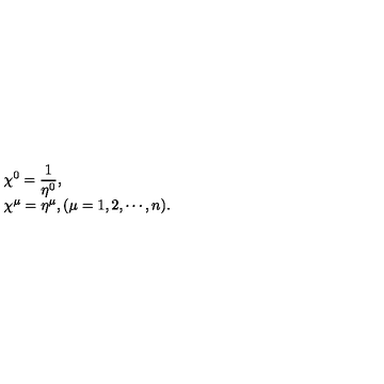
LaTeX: \begin{array} { l } { \displaystyle \chi ^ { 0 } = \frac { 1 } { \eta ^ { 0 } } , } \\ { \chi ^ { \mu } = \eta ^ { \mu } , ( \mu = 1 , 2 , \cdots , n ) . } \\ \end{array}